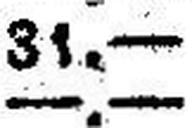
—.—